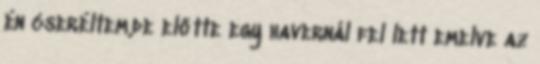
én cseréltem,de előtte egy havernál fel lett emelve az